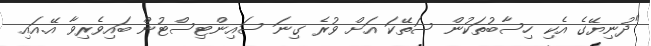
"ދުނިޔޭގެ އެކި ހިސާބުތަކުން ސަތޭކަ އަށް ވުރެ ގިނަ ސައިންޓިސްޓުން ބައިވެރިވާ އޭ.އައި